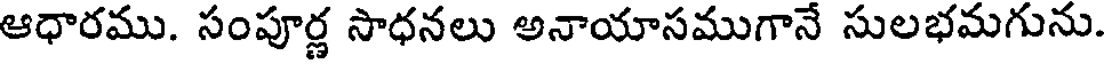
ఆధారము. సంపూర్ణ సాధనలు అనాయాసముగానే సులభమగును.